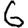
Digit: 6